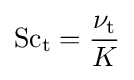
\mathrm {Sc} _{\mathrm {t} }={\frac {\nu _{\mathrm {t} }}{K}}